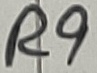
Text: R9